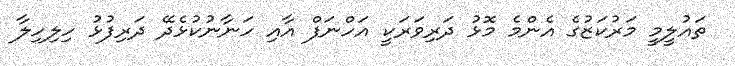
ތައުލީމީ މަރުކަޒުގެ އެންމެ މޮޅު ދަރިވަރަކީ އަހްނަފް އާއި ހަނާނުކުޅެދޭ ދަރިފުޅު ހިލިހިލާ